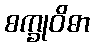
စက္ခုဝိဓာ